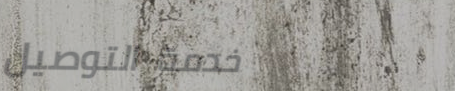
خدمة التوصيل